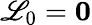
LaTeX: \mathscr{L}_{0}=\mathbf{{0}}